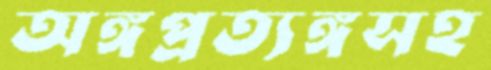
অঙ্গপ্রত্যঙ্গসহ